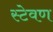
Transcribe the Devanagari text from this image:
स्टेवण